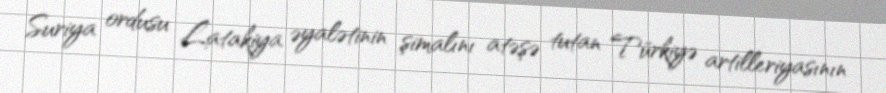
Suriya ordusu Latakiya əyalətinin şimalını atəşə tutan Türkiyə artilleriyasının